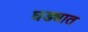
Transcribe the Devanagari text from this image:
घड्यात